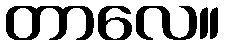
တာလေ။